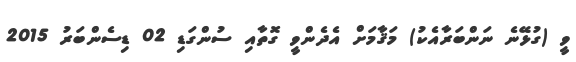
ވީ (ގުޅޭނެ ނަންބަރާއެކު) މަޤާމަށް އެދެންވީ ގޮތާއި ސުންގަޑި 02 ޑިސެންބަރު 2015